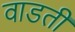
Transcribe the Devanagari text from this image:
वाडती